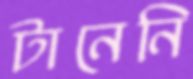
টানেনি